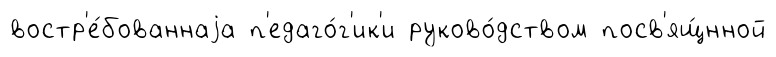
востр'е́бованнаjа п'едаго́г'ик'и руково́дством посв'ящ́нной